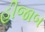
હીજાબ